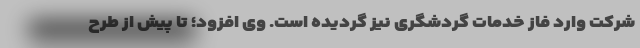
شرکت وارد فاز خدمات گردشگری نیز گردیده است. وی افزود؛ تا پیش از طرح